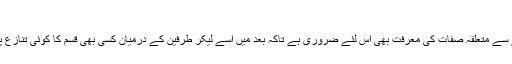
صفات کا علم
اسی طرح شئے سے متعلّقہ صفات کی معرفت بھی اس لئے ضروری ہے تاکہ بعد میں اسے لیکر طرفین کے درمیان کسی بھی قسم کا کوئی تنازع پیدا نہ ہوجائے ۔